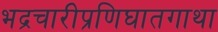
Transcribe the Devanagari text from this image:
भद्रचारीप्रणिघातगाथा